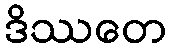
ဒိဿတေ